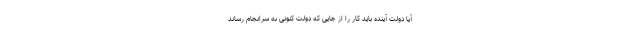
آیا دولت آینده باید کار را از جایی که دولت کنونی به سرانجام رساند